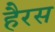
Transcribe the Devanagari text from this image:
हैरस